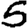
Digit: 5